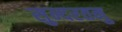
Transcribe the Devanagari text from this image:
सुन्दरतनु